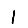
Digit: 1